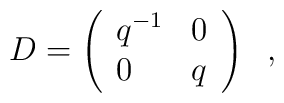
D=\left(                \begin{array}{lc}			q^{-1}	&0\\			0	&q		\end{array}                \right)  \;\; ,